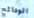
الودائع